Sanitation, dispensaries and jails vaccination Rajputana 1922-1927 - 1922-1927
Year: 1922
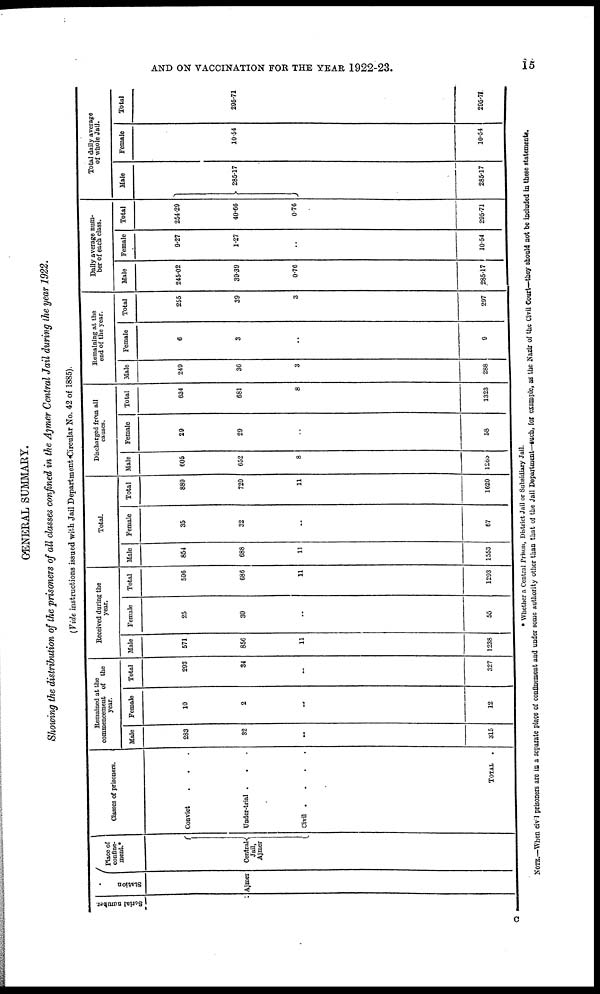
AND ON VACCINATION FOR THE YEAR 1922-23.
15
GENERAL SUMMARY.
Showing the distribution of the prisoners of all classes confined in the Ajmer Central Jail during the year 1922.
(Vide instructions issued with Jail Department Circular No. 42 of 1885).
Serial number.
Station
Ajmer
Place of
confine-
ment.*
Central
Jail,
Ajmer
Classes of prisoners.
Convict . . .
Under-trial .
.
Civil .
.
.
.
TOTAL
.
Remained at the
commencement of the
year.
Male
283
32
..
315
Female
10
2
..
12
Total
293
34
..
327
Received during the
year.
Male
571
856
11
1238
Female
25
30
..
55
Total
596
686
11
1293
Total.
Male
854
688
11
1553
Female
35
32
..
67
Total
889
720
11
1620
Discharged from all
causes.
Male
605
652
8
1265
Female
29
29
..
58
Total
634
681
8
1323
Remaining at the
end of the year.
Male
249
36
3
288
Female
6
3
..
9
Total
255
39
3
297
Daily average num-
ber of each class.
Male
245.02
39.39
0.76
285.17
Female
9.27
1.27
..
10.54
Total
254.29
40.66
0.76
295.71
Total daily average
of whole Jail.
Male
285.17
285.17
Female
10.54
10.54
Total
295.71
295.71
* Whether a Central Prison, District Jail or Subsidiary Jail.
NOTE.—When civil prisoners are in a separate place of confinement and under some authority other than that of the Jail Department—such, for example, as the Nazir of the Civil Court—they should not be included in these statements.
C